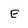
Character: E